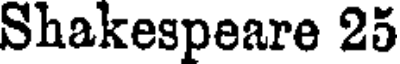
Shakespeare 25